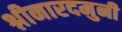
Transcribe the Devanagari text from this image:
श्नीनारदमुनी